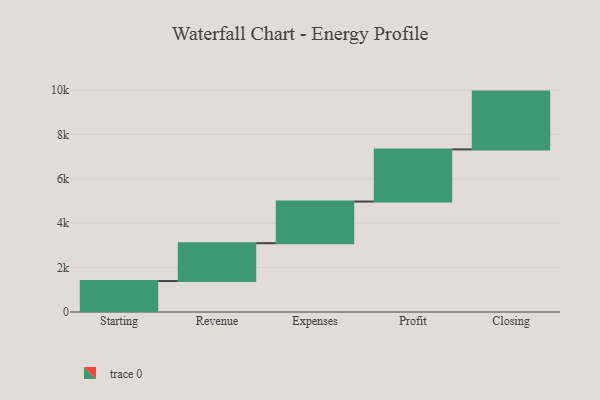
{"axis": {"x": "Step", "y": "Value"}, "legend": [""], "data": [{"x": "Starting", "y": 1395.0, "type": ""}, {"x": "Revenue", "y": 1705.0, "type": ""}, {"x": "Expenses", "y": 1877.0, "type": ""}, {"x": "Profit", "y": 2350.0, "type": ""}, {"x": "Closing", "y": 2604.0, "type": ""}]}